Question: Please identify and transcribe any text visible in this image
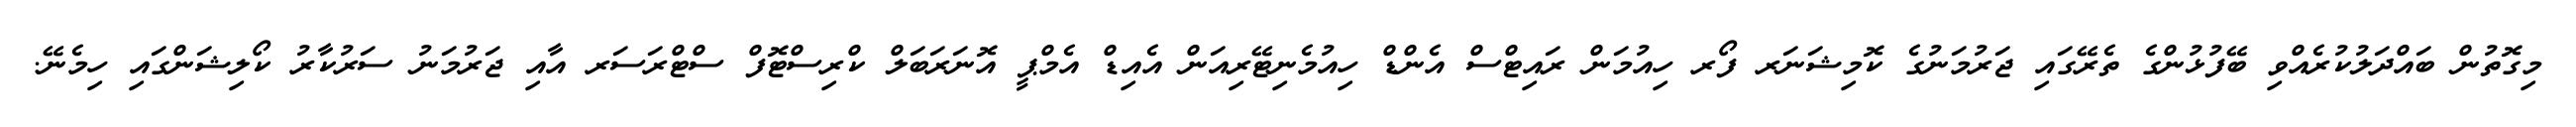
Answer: މިގޮތުން ބައްދަލުކުރެއްވި ބޭފުޅުންގެ ތެރޭގައި ޖަރުމަނުގެ ކޮމިޝަނަރ ފޯރ ހިއުމަން ރައިޓްސް އެންޑް ހިއުމެނިޓޭރިއަން އެއިޑް އެމްޕީ އޮނަރަބަލް ކްރިސްޓޮފް ސްޓްރަސަރ އާއި ޖަރުމަނު ސަރުކާރު ކޯލިޝަންގައި ހިމެނޭ.